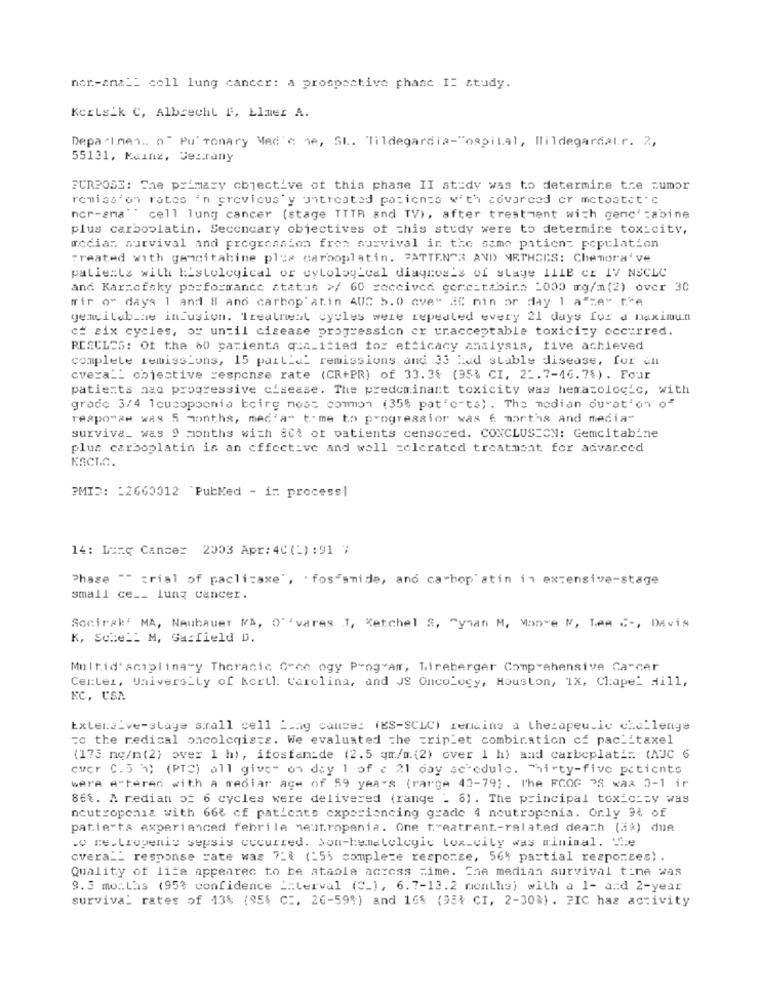
nor-anali coll lung cancer: a prospective phase I: study.
Kerleik C, Albrecht F, Llmer A.
Depalme .. " Pu' monary Med' ne, St. "Tildegardia-"ospital, Hildegardal.r. 2,
55131, Mainz, Jearany
PURPOSE: The primary objective of this phase II at:dy was to determine the zumor
remiss'on rates 'n previous'y untreated patients with covarced or mctoatet'c
ncr-sma" " cell lung cancer (stage TTTR and TV), after treatment with genc' cabine
plus carboplatin. Seconcary objectives of this study were to determine tox:city,
accia: survival and pregreanion frea survival in the same patient population
Treated with gemcitabine plus carboplatin. "ATTEN"3 AND METHODS: Chemora' ve
palle:Ls with Histological or cytological diagnosis of stage 111B Cr IV NSCLC
and Kar=ofsky parformance atatas >/ 60 received gercitabine 1000 mg/m(2) over 30
wir o" days 1 and 8 and carboplatin AUC 5.0 aver 30 min or day 1 a"ze" the
gencilab a infusion. Treatneat cycles were repeated every 21 days for a maximun
cf six cycles, or until cisease progression er unacceptable toxicity occurred.
RESCLES: Of the 60 pacienta qia_itied to: efficacy analysis, tive achieved
complete remissions, 15 pait'd' remissions and 33 Had stable disease, for an
cvera _: objective response rate (CR+PR) of 33.3% (95% CI, 22.7-46.7%) . Four
patients nao progressive cisease. The predominant toxicity was hematologic, with
grade 3/4 leucopenia being nos: common (35% pat'e-ts) . The median duration of
reapo"se was 5 months, med'a" t"me to progressior was f martha and media"
surviva_ was 9 months with act of patients censored. CONCLUSION: Gemcitabine
plus carboplatin is an effective and wall celerated treatment for advar.ced
KACTC.
PMID: : 2660012 'PubMed - in processl
14: Lung Cancer 2003 Apr: 40 (-) : 91 7
Phase "" trial of paclicaxe', . fos"smide, and carbon'atin in extensive-stage
small ce __ lung cancer.
Socirak' MA, Neubauer VA, O' 'vares J, Ketchel S, Synan M, More N, Tem C -, Davis
K, Soie __ M, Garfield D.
Multid'aciplinary Thoracic Orco ogy Prog"arr, Tireberger Comprehensive Cancer
Certez, University of kortl: Carolina, and JS Oncology, Houston, 1X, Chapel Hill,
KC, USA
Extensive-slaye stall cell Lung cance: (ES-SCLC) remains a therapeutic challenge
:c the redical oncologists. We evaluated the =rip'et combination of paclitaxel
(175 mg/m(2) over 1 h), ifosfamide (2.5 qm/m. (2) over 1 h) and carboplati= (AJC 6
cver C. 5 %) (PTC) all give- on day 1 of e 21 day schedule. Thirty-five patients
were e-tered with a mediar age of 59 years (rarge 43-79) . The FCOG 25 wax 2-1 ir
86t. A redian ot 6 cycles were delivered (range . 6) . The principal toxic:zy was
neutropenia with 668 cf patients experiencing grade 4 neutropenia. Orly 94 of
patients experianced febrile neutropenia. One teatrant .- related death (3%) due
.v me.tropeniy sepsis occurred. Son-hematologic lox-city was minimal. The
overa __ response rate was 7:{ (155 complete response, 56% partial responses) .
Quality of life appeared to be atable across zime. Zne median survival time was
9.3 months (95% confidence interval (C_), 6.7-13.2 months) with a 1- and 2-year
survival rates of 13% (95% C :, 26-59%) and 16% (95% CI, 2-30%). PIC has activity